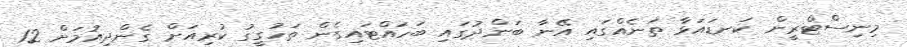
މިނިސްޓްރީން ކަނޑައަޅާ ތަނެއްގައި އޭނާ ބަންދުގައި ބަހައްޓައިގެން ތަހުގީގު ކުރިއަށް ގެންދިއުމަށް 12